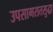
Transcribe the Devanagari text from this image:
उपसागरातसुद्धा